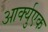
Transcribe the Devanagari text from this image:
आर्क्युएक